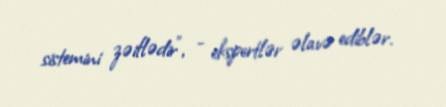
sistemini zəiflədir”, - ekspertlər əlavə ediblər.